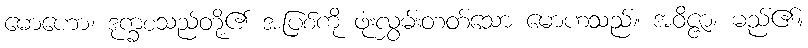
မောဟော၊ ဒုက္ခစသည်တို့၏ အပြစ်ကို ဖုံးလွှမ်းတတ်သော မောဟသည်။ အဝိဇ္ဇာ၊ မည်၏။